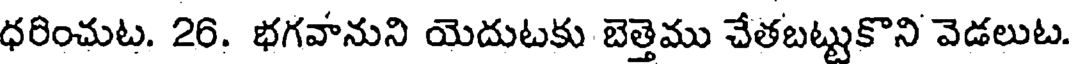
ధరించుట. 26. భగవానుని యెదుటకు బెత్తెము చేతబట్టుకొని వెడలుట